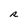
Character: R